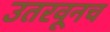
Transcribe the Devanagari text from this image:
उतरवूनच